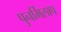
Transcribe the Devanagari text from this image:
पुनर्मिलाप